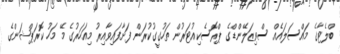
ބްލެޓާގެ މައްސަލައެއް ސްވިޒަލޭންޑްގެ ޕްރޮސެކިއުޓަރުން ތަހުގީގުކުރަން ފަށާފައިވާއިރު މިއަހަރުގެ މޭ މަހު ކޮރަޕްޝަންގެ